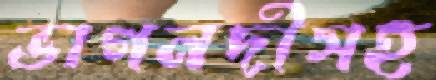
ভাগনদীসহ